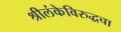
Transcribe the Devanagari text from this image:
श्रीलंकेविरुद्धचा